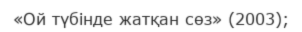
«Ой түбінде жатқан сөз» (2003);